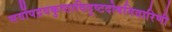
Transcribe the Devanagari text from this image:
सर्वोपद्रवकुष्ठादिदुष्टदोषनिवारिणी